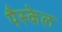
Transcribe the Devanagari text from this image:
पैस्केल